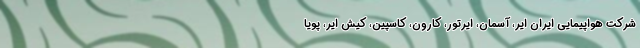
شرکت هواپیمایی ایران ایر، آسمان، ایرتور، کارون، کاسپین، کیش ایر، پویا